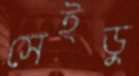
সেইডু